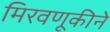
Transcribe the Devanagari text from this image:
मिरवणूकीने